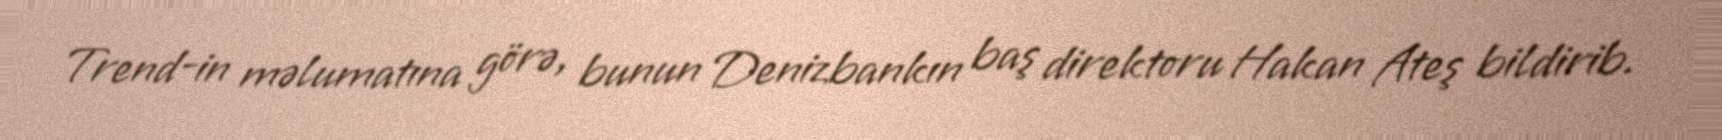
Trend-in məlumatına görə, bunun Denizbankın baş direktoru Hakan Ateş bildirib.